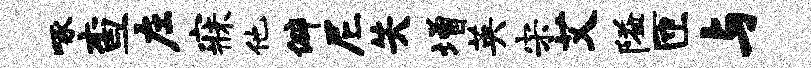
啄查左寐他僻尼失增英宋艾隘匝与